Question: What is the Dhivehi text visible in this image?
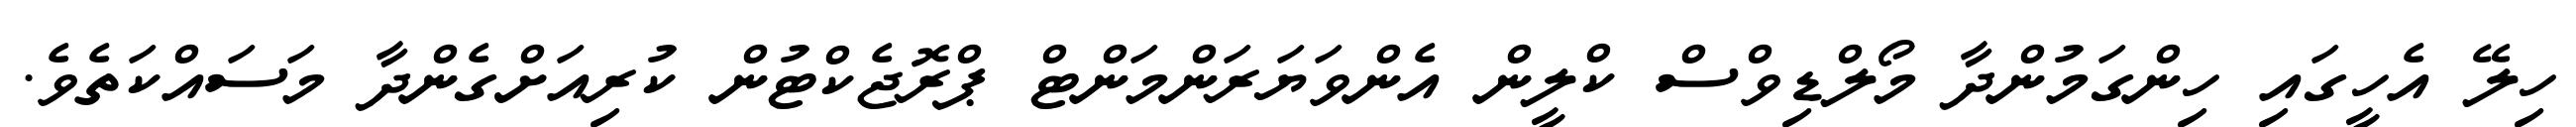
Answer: ހިލޭ އެހީގައި ހިންގަމުންދާ މޯލްޑިވްސް ކްލީން އެންވަޔަރަންމަންޓް ޕްރޮޖެކްޓުން ކުރިއަށްގެންދާ މަސައްކަތެވެ.